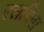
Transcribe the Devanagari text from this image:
एलबिना